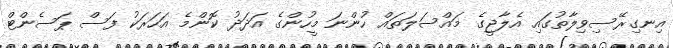
އިނގިރޭސިވިލާތުގައި އެލާޖީގެ މައްސަލަތައް ހުންނަ މީހުންގެ އަދަދު ކޮންމެ އަހަރަކު ފަސް ޕަސެންޓް